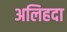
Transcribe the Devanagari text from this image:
अलिहदा